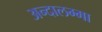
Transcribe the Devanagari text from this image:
अन्दालम्मा